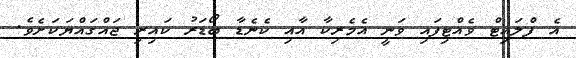
އެ ފްލައިޓް ވެއްޓިފައި ވަނީ އެމެރިކާ އާއި ކެނެޑާ ބޯޑަރު ކައިރި ޖައްގައްޔަކަށެވެ.